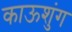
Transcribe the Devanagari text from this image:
काऊशुंग